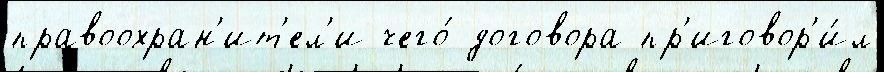
правоохран'ит'ел'и чего́ договора пр'иговор'и́л